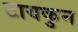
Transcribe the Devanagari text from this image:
टायकुन